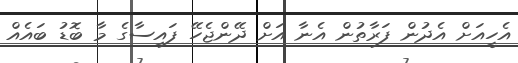
އެހީއަށް އެދުން ފަރާތުން އެނާ އަށް ދޭންޖެހޭ ފައިސާގެ މާ ބޮޑު ބައެއް